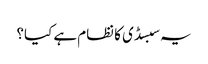
یہ سبسڈی کا نظام ہے کیا؟